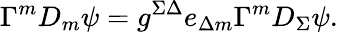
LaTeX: \Gamma^{m}D_{m}\psi=g^{\Sigma\Delta}e_{\Delta m}\Gamma^{m}D_{\Sigma}\psi.